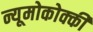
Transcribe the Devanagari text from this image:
न्यूमोकोक्की